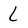
Character: l